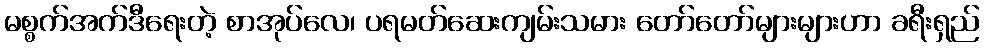
မစ္စက်အက်ဒီရေးတဲ့ စာအုပ်လေ၊ ပရမတ်ဆေးကျမ်းသမား တော်တော်များများဟာ ခရီးရှည်